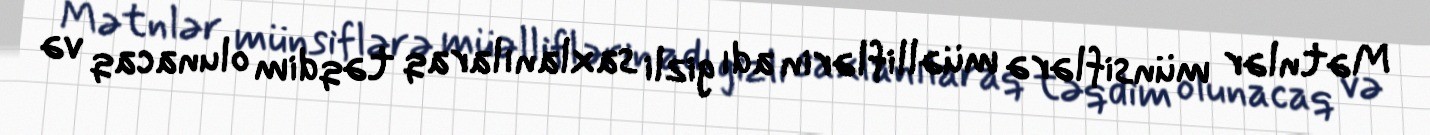
Mətnlər münsiflərə müəlliflərin adı gizli saxlanılaraq təqdim olunacaq və